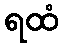
ရထံ